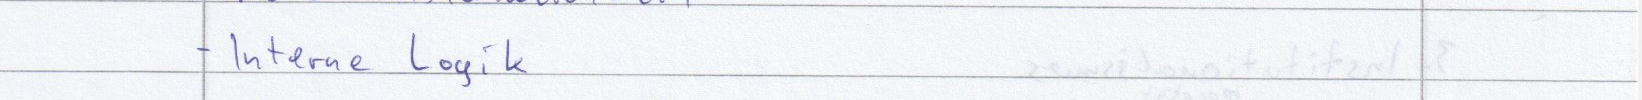
- Interne Logik